On the importance of larval characters in the classification of mosquitoes - Number 25
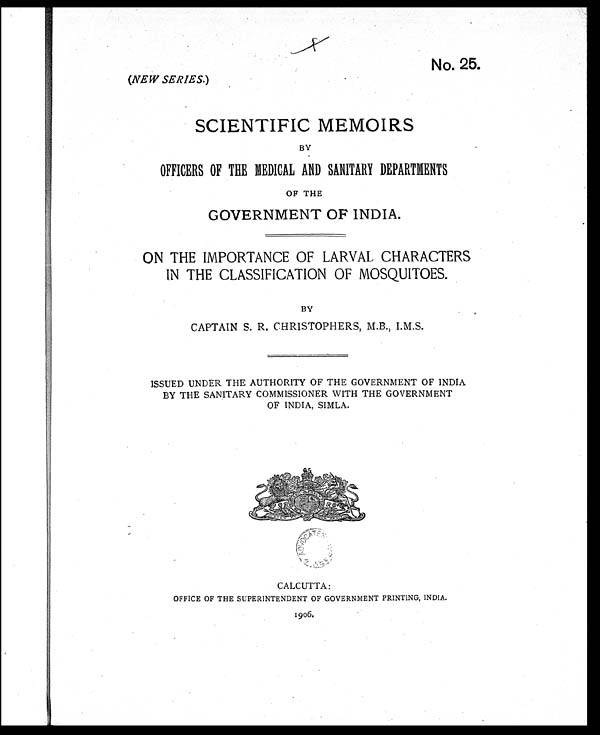
No. 25.
(NEW SERIES. )
SCIENTIFIC MEMOIRS
BY
OFFICERS OF THE MEDICAL AND SANITARY DEPARTMENTS
OF THE
GOVERNMENT OF INDIA.
ON THE IMPORTANCE OF LARVAL CHARACTERS
IN THE CLASSIFICATION OF MOSQUITOES.
BY
CAPTAIN S. R. CHRISTOPHERS, M.B., I.M.S.
ISSUED UNDER THE AUTHORITY OF THE GOVERNMENT OF INDIA
BY THE SANITARY COMMISSIONER WITH THE GOVERNMENT
OF INDIA, SIMLA.
CALCUTTA:
OFFICE OF THE SUPERINTENDENT OF GOVERNMENT PRINTING, INDIA.
1906.